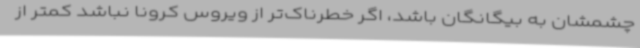
چشمشان به بیگانگان باشد، اگر خطرناک‌تر از ویروس کرونا نباشد کمتر از